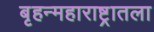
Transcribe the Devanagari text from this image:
बृहन्महाराष्ट्रातला